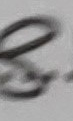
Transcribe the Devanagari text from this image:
सूर्य